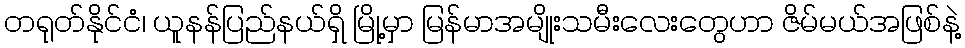
တရုတ်နိုင်ငံ၊ ယူနန်ပြည်နယ်ရှိ မြို့မှာ မြန်မာအမျိုးသမီးလေးတွေဟာ ဇိမ်မယ်အဖြစ်နဲ့